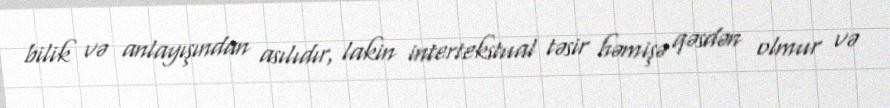
bilik və anlayışından asılıdır, lakin intertekstual təsir həmişə qəsdən olmur və